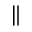
\Vert